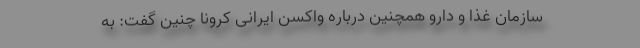
سازمان غذا و دارو همچنین درباره واکسن ایرانی کرونا چنین گفت: به ‌